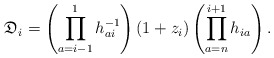
\begin{gather*}\mathfrak{D}_i=\left( \prod_{a=i-1}^{1} h_{ai}^{-1} \right) (1+z_i)\left(\prod_{a=n}^{i+1} h_{ia} \right).\end{gather*}